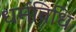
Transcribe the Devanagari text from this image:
धर्मविधि